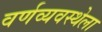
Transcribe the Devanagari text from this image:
वर्णव्यवस्थेला